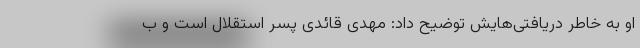
او به خاطر دریافتی‌هایش توضیح داد: مهدی قائدی پسر استقلال است و ب